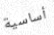
أساسية